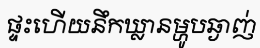
ផ្ទះហើយនឹកឃ្លានម្ហូបឆ្ងាញ់